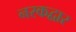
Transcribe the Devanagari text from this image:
नरकद्वार